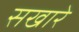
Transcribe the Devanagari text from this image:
सखारे